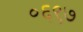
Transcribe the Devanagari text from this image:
०६९७